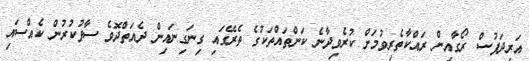
އަރިދަފުސް ރޯގާއިން ރައްކާތެރިވުމަށް ކުރެވިދާނެ ކަންތައްތަކުގެ ތެރޭގައި ގިނަގިނައިން ދެއަތްދޮވެ ސާފުކުރުން ކެއްސައި